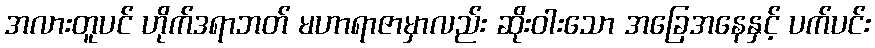
အလားတူပင် ဟိုက်ဒရာဘတ် မဟာရာဇာမှာလည်း ဆိုးဝါးသော အခြေအနေနှင့် ပက်ပင်း